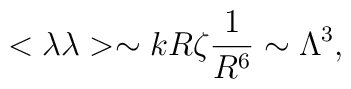
<\lambda \lambda> \sim k R \zeta \frac {1}{R^6} \sim \Lambda^3,